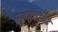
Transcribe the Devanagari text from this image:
यज्ञकुंडाकडे